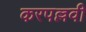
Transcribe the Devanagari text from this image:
करपल्लवी